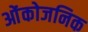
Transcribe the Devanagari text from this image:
ओंकोजनिक